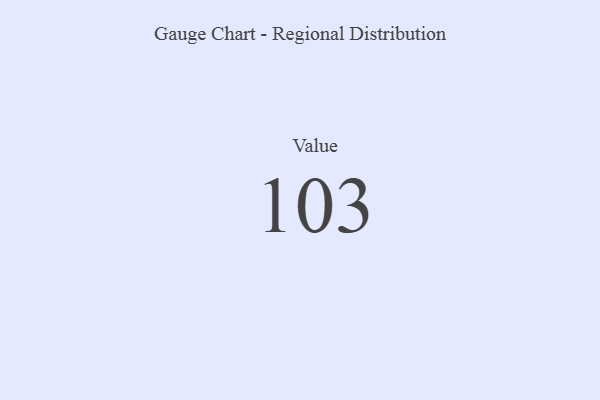
{"axis": {"x": "Metric", "y": "Value"}, "legend": [""], "data": [{"x": "Value", "y": 103, "type": ""}]}